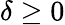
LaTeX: \delta\geq 0